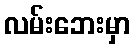
လမ်းဘေးမှာ